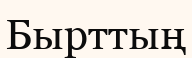
Бырттың